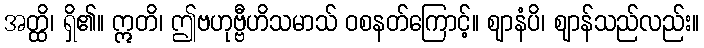
အတ္ထိ၊ ရှိ၏။ ဣတိ၊ ဤဗဟုဗ္ဗီဟိသမာသ် ဝစနတ်ကြောင့်။ ဈာနံပိ၊ ဈာန်သည်လည်း။